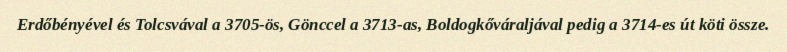
Erdőbényével és Tolcsvával a 3705-ös, Gönccel a 3713-as, Boldogkőváraljával pedig a 3714-es út köti össze.